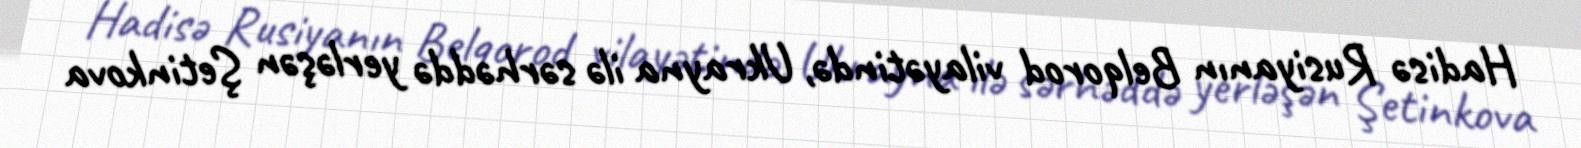
Hadisə Rusiyanın Belqorod vilayətində, Ukrayna ilə sərhəddə yerləşən Şetinkova